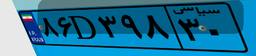
۸۶D۳۹۸۳۰